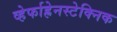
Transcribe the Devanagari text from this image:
व्हेर्फाह्रेनस्टेक्निक